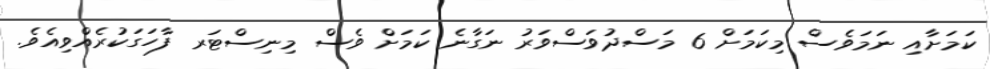
ކަމަށާއި ނަމަވެސް މިކަމަށް 6 މަސްދުވަސްވަރު ނަގާނެ ކަމަށް ވެސް މިނިސްޓަރ ފާހަގަކުރެއްވިއެވެ.